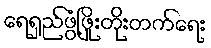
ရေရှည်ဖွံ့ဖြိုးတိုးတက်ရေး